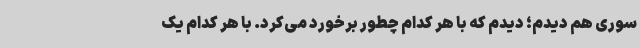
سوری هم دیدم؛ دیدم که با هر کدام چطور برخورد می‌کرد. با هر کدام یک